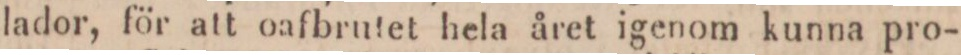
lador, för att oafbrutet hela året igenom kunna pro-